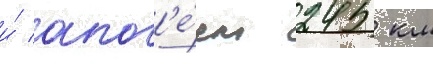
и́ апог'е́ем 245 км